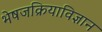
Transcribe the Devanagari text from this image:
भेषजक्रियाविज्ञान